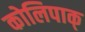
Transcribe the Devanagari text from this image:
कोलिपाक्